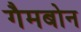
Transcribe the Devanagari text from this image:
गैमबोन